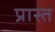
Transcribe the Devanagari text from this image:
प्रास्त